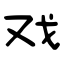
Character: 戏